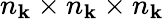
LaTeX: n_{\mathbf k}\times n_{\mathbf k}\times n_{\mathbf k}